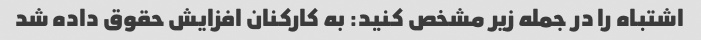
اشتباه را در جمله زیر مشخص کنید: به کارکنان افزایش حقوق داده شد